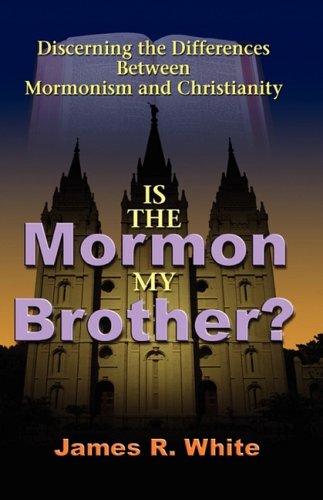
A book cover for Is the Mormon My Brother?; James R. White; Christian Books & Bibles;